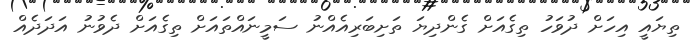
ތިޔައީ އިހަށް ދުވަހު ތިގެއަށް ގެންދިޔަ ތަށިބަރިއެއްނު ސަމީނައްތައަށް ތިގެއަށް ދެވުނު އަދަދެއް